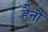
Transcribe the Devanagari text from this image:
हैनौ